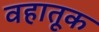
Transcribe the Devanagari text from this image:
वहातूक